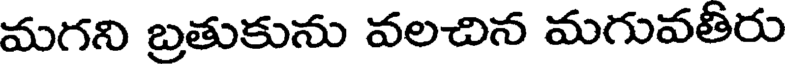
మగని బ్రతుకును వలచిన మగువతీరు